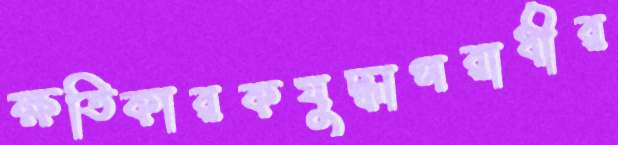
ক্ষতিকারকযুদ্ধাপরাধীর